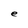
Character: e